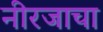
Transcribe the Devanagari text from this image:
नीरजाचा